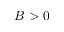
B > 0